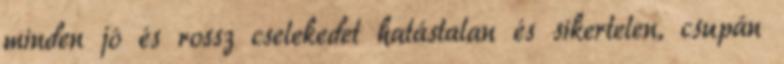
minden jó és rossz cselekedet hatástalan és sikertelen, csupán